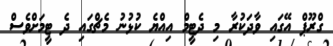
ގްރޫޕް އޭގައި ވާދަކުރާ މި ދެޓީމް އިއްޔެ ކުޅުނު މެޗްގައި ދެ ޓީމަށްވެސް